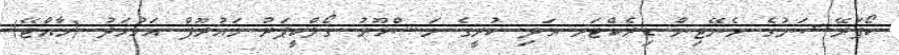
ކޯޕަރޭޝަނުގެ މެނޭޖިން ޑިރެކްޓަރ އަދި ކުރީގެ މަޝްހޫރު ގޯލްކީޕަރު މައުރޫފް އަހުމަދު (މާއްޓޭ)